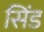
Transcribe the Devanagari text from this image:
सिंड